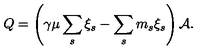
Q = \left( \gamma \mu \sum _ { s } \xi _ { s } - \sum _ { s } m _ { s } \xi _ { s } \right) { \cal A } .